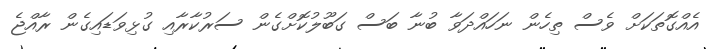
އެއްގޮތަކަށް ވެސް ތިހެން ނަހައްދަވާ ބުނާ ބަސް ގަބޫލުކޮށްގެން ސަރުކާރާއި ގުޅިވަޑައިގެން ރާއްޖެ